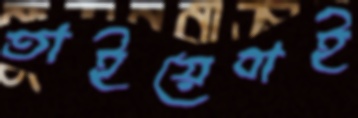
তাইয়েবাই